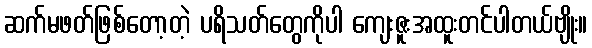
ဆက်မဖတ်ဖြစ်တော့တဲ့ ပရိသတ်တွေကိုပါ ကျေးဇူးအထူးတင်ပါတယ်ဗျိုး။